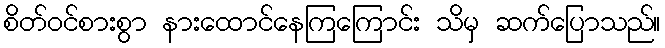
စိတ်ဝင်စားစွာ နားထောင်နေကြကြောင်း သိမှ ဆက်ပြောသည်။